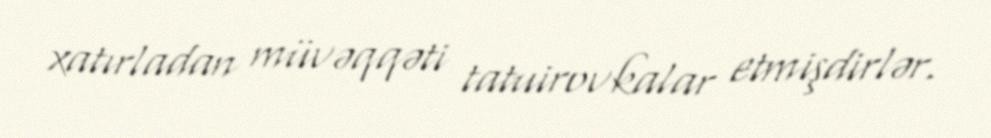
xatırladan müvəqqəti tatuirovkalar etmişdirlər.